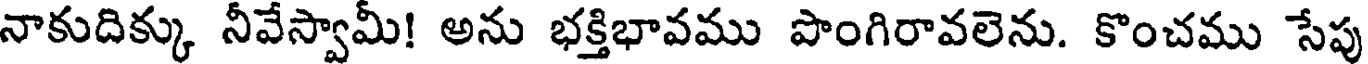
నాకుదిక్కు నీవేస్వామీ! అను భక్తిభావము పొంగిరావలెను. కొంచము సేపు